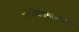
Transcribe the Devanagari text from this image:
अर्धविरामाप्रमाणे